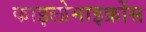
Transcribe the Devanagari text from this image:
काइलोमाइक्रोंस